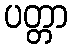
ပတ္တာ